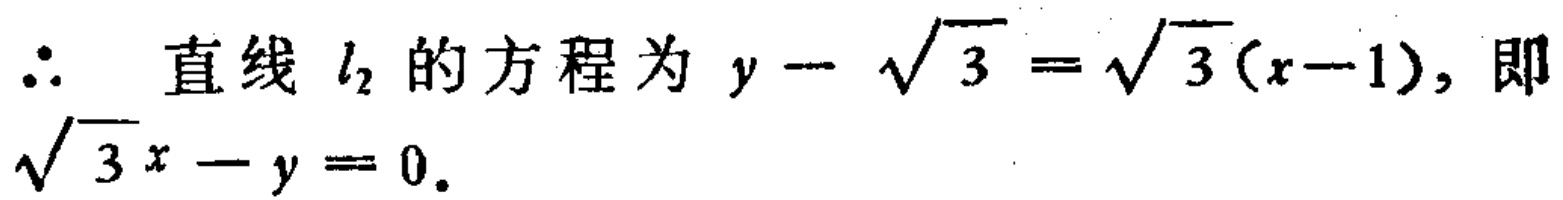
\(\therefore\) 直线 \(l_{2}\) 的方程为 \(y - \sqrt{3} = \sqrt{3}(x - 1)\)，即 \(\sqrt{3}x - y = 0\)。